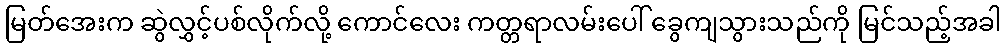
မြတ်အေးက ဆွဲလွှင့်ပစ်လိုက်လို့ ကောင်လေး ကတ္တရာလမ်းပေါ် ခွေကျသွားသည်ကို မြင်သည့်အခါ